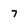
Character: 7